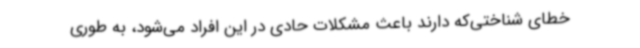
خطای شناختی‌که دارند باعث مشکلات حادی در این افراد می‌شود، به طوری